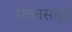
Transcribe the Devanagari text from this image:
भवनसमूह